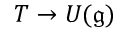
T \to U ( { \mathfrak { g } } )